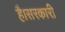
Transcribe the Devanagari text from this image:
है।सरकारी